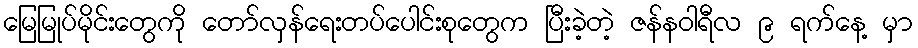
မြေမြုပ်မိုင်းတွေကို တော်လှန်ရေးတပ်ပေါင်းစုတွေက ပြီးခဲ့တဲ့ ဇန်နဝါရီလ ၉ ရက်နေ့ မှာ